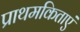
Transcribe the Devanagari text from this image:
प्राथमकिताएं